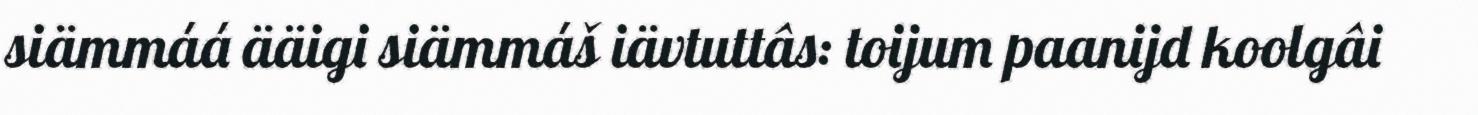
siämmáá ääigi siämmáš iävtuttâs: toijum paanijd koolgâi